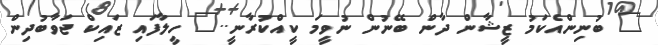
" ބުނިންއެކަމު ޒީޝާން ދާން ބޭނުން ނުވީމަ ކީއްކުރާނީ.." ހީލާފައި ޒައިކް ޖަވާބުދިން